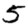
Digit: 5